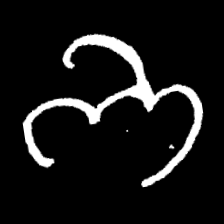
Pyu character \u2014 Myanmar letter: ဘ (romanized: bha)